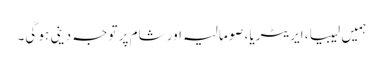
ہمیں لیبیا، ایریٹریا، صومالیہ اور شام پر توجہ دینی ہو گی۔